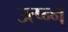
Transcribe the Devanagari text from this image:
उत्प्‍न्न्